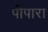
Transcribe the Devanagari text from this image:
पीपारा